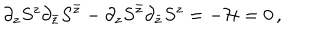
\partial _ { z } S ^ { z } \partial _ { \bar { z } } S ^ { \bar { z } } - \partial _ { z } S ^ { \bar { z } } \partial _ { \bar { z } } S ^ { z } = - { \cal H } = 0 \, ,